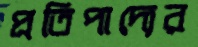
প্রতিপাদ্যের